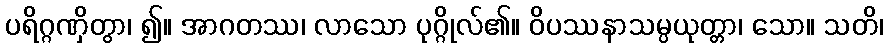
ပရိဂ္ဂဏှိတွာ၊ ၍။ အာဂတဿ၊ လာသော ပုဂ္ဂိုလ်၏။ ဝိပဿနာသမ္ပယုတ္တာ၊ သော။ သတိ၊